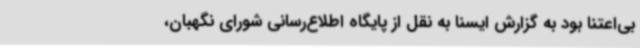
بی‌اعتنا بود به گزارش ایسنا به نقل از پایگاه اطلاع‌رسانی شورای نگهبان،